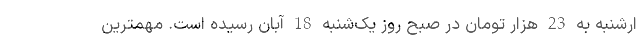
ارشنبه به 23 هزار تومان در صبح روز یک‌شنبه 18 آبان رسیده است. مهمترین